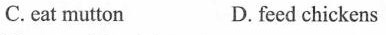
C.eat mutton D. feed chickens